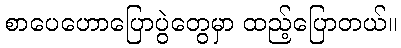
စာပေဟောပြောပွဲတွေမှာ ထည့်ပြောတယ်။